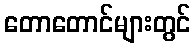
တောတောင်များတွင်